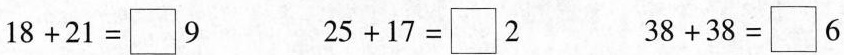
$$1 8 + 2 1 = {\Box } 9$$ $$2 5 + 1 7 = {\Box } 2$$ $$3 8 + 3 8 = {\Box } 6$$